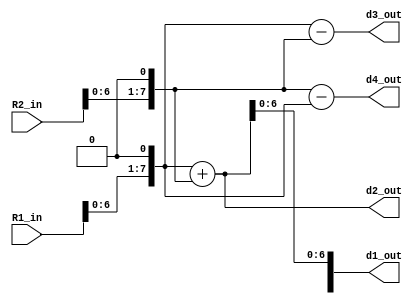
module stage4 (
R1_in	,
R2_in	,
d1_out,
d2_out, 
d3_out, 
d4_out			
);

input wire [7:0] R1_in;
input wire [7:0] R2_in;


output reg [7:0] d1_out;
output reg [7:0] d2_out;
output reg [7:0] d3_out;
output reg [7:0] d4_out;

reg [7:0] TWOR1;
reg [7:0] TWOR2;




always begin

TWOR1 = R1_in << 1;
TWOR2 = R2_in << 1;

d1_out <= TWOR1 + TWOR2; //d1 = -2R1 - 2R2 = -(2R1+2R2)
d1_out[7] = d1_out[7]^1;

d2_out <= TWOR1 + TWOR2; //d2 = +2R1 + 2R2

d3_out <= TWOR1 - TWOR2; //d3 = +2R1 - 2R2

d4_out <= TWOR2 - TWOR1; //d4 = -2R1 + 2R2
end
	
	
endmodule